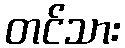
တင်သား